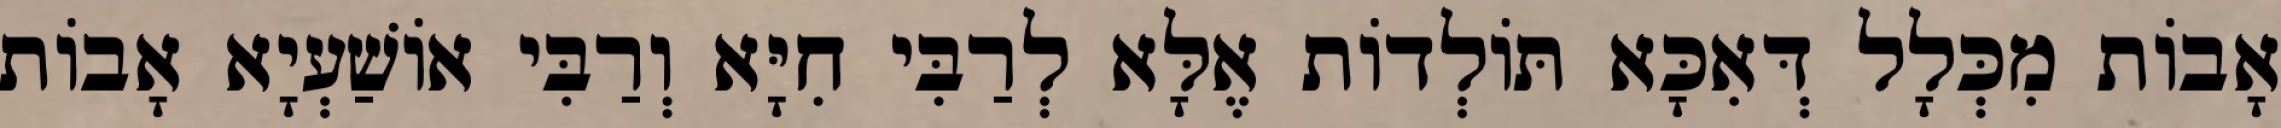
אָבוֹת מִכְּלָל דְּאִכָּא תּוֹלְדוֹת אֶלָּא לְרַבִּי חִיָּא וְרַבִּי אוֹשַׁעְיָא אָבוֹת